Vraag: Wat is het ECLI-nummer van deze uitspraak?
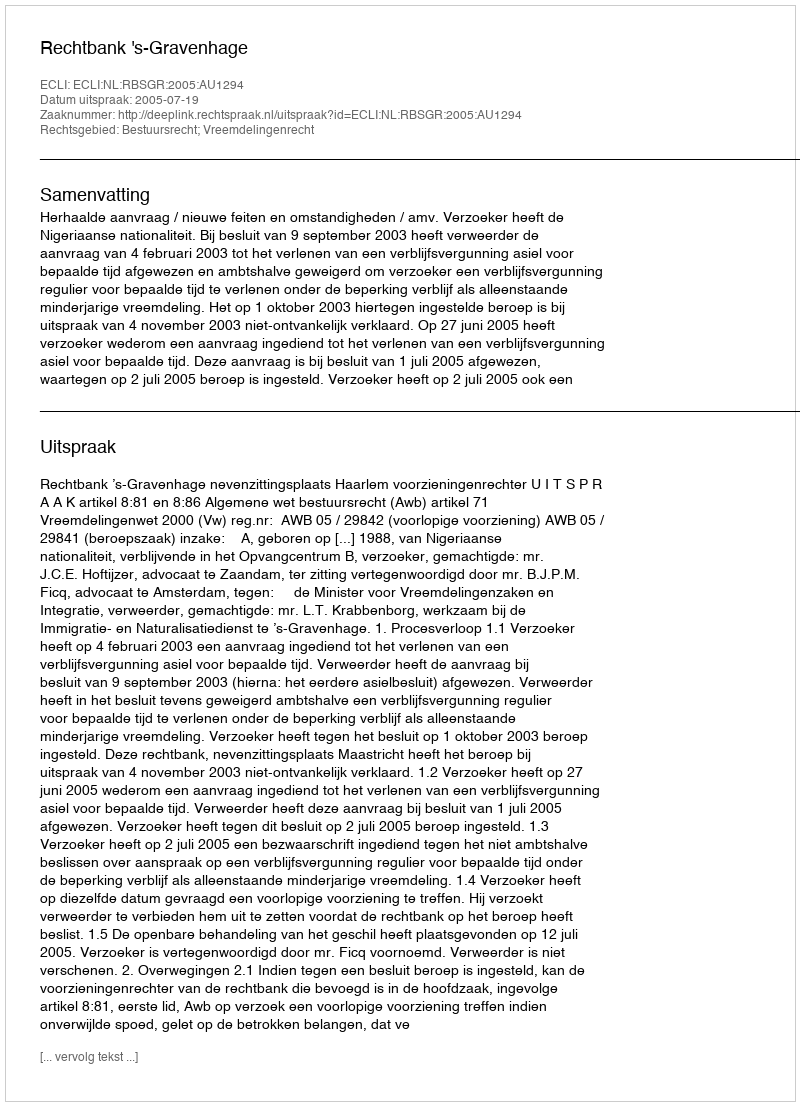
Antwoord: ECLI:NL:RBSGR:2005:AU1294